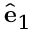
\hat { \bf e } _ { 1 }